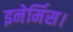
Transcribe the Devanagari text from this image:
इनेर्मिस।